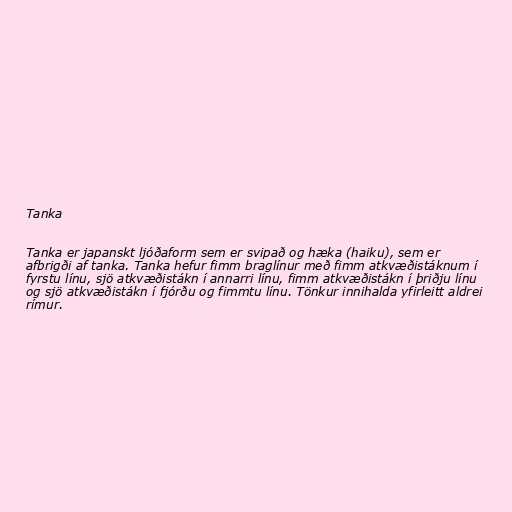
Tanka

Tanka er japanskt ljóðaform sem er svipað og hæka (haiku), sem er
afbrigði af tanka. Tanka hefur fimm braglínur með fimm atkvæðistáknum í
fyrstu línu, sjö atkvæðistákn í annarri línu, fimm atkvæðistákn í þriðju línu
og sjö atkvæðistákn í fjórðu og fimmtu línu. Tönkur innihalda yfirleitt aldrei
rímur.